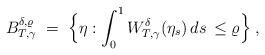
LaTeX: \begin{align*}B^{\delta, \varrho}_{T, \gamma} \; =\; \Big \{\eta:\int_0^1 W^{\delta}_{T,\gamma} (\eta_s) \, ds\, \le \varrho\Big \} \; ,\end{align*}